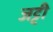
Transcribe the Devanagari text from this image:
जट्टी